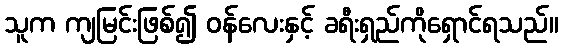
သူက ကျမြင်းဖြစ်၍ ဝန်လေးနှင့် ခရီးရှည်ကိုရှောင်ရသည်။